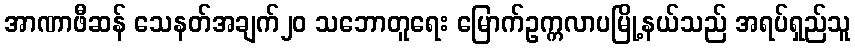
အာဏာဖီဆန် သေနတ်အချက်၂၀ သဘောတူရေး မြောက်ဥက္ကလာပမြို့နယ်သည် အရပ်ရှည်သူ